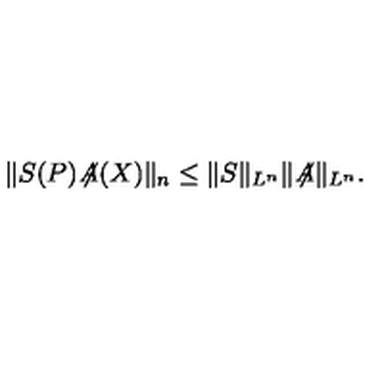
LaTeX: \| S ( P ) \! \not \! \! A ( X ) \| _ { n } \le \| S \| _ { L ^ { n } } \| \! \not \! \! A \| _ { L ^ { n } } .